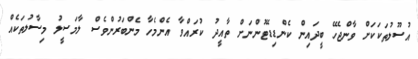
އުސޫލުތަކަކަށް ވާންޖެހޭ ބީދައިން ކެންޑިޑޭޓުންނަށް ތާއީދު ކުރައްވާ އެންމެހާ މެންބަރުންވެސް ލާމަސީލު މިސާލުތަކެއް